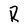
Character: R